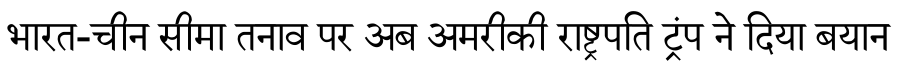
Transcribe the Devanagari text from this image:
भारत-चीन सीमा तनाव पर अब अमरीकी राष्ट्रपति ट्रंप ने दिया बयान